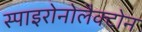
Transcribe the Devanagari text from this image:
स्पाइरोनोलैक्टोन